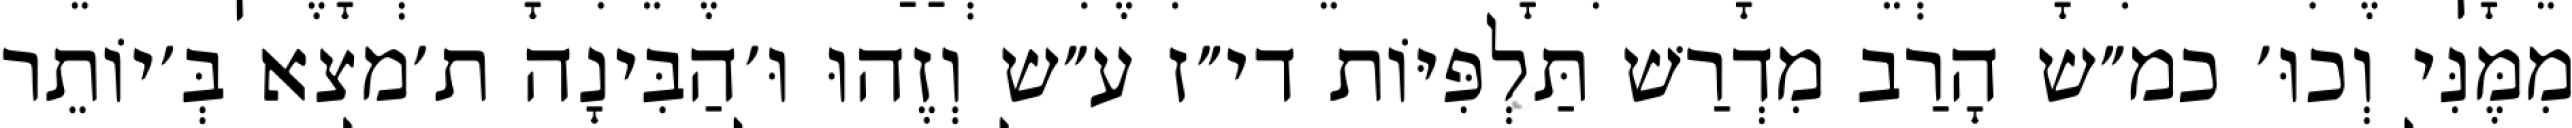
מִמֶּנִּי וְכוּ׳ כמ״ש הָרַב מִדְרַשׁ תַּלְפִּיּוֹת די״ז ע״ש וְזֶהוּ וּ׳הַבִּינָה ת׳מצא בְּ׳יוֹתֵר